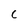
Character: c